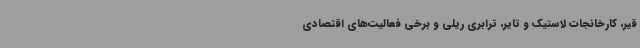
قیر، کارخانجات لاستیک و تایر، ترابری ریلی و برخی فعالیت‌های اقتصادی